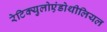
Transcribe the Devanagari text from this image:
रेटिक्युलोएंडोथीलियल